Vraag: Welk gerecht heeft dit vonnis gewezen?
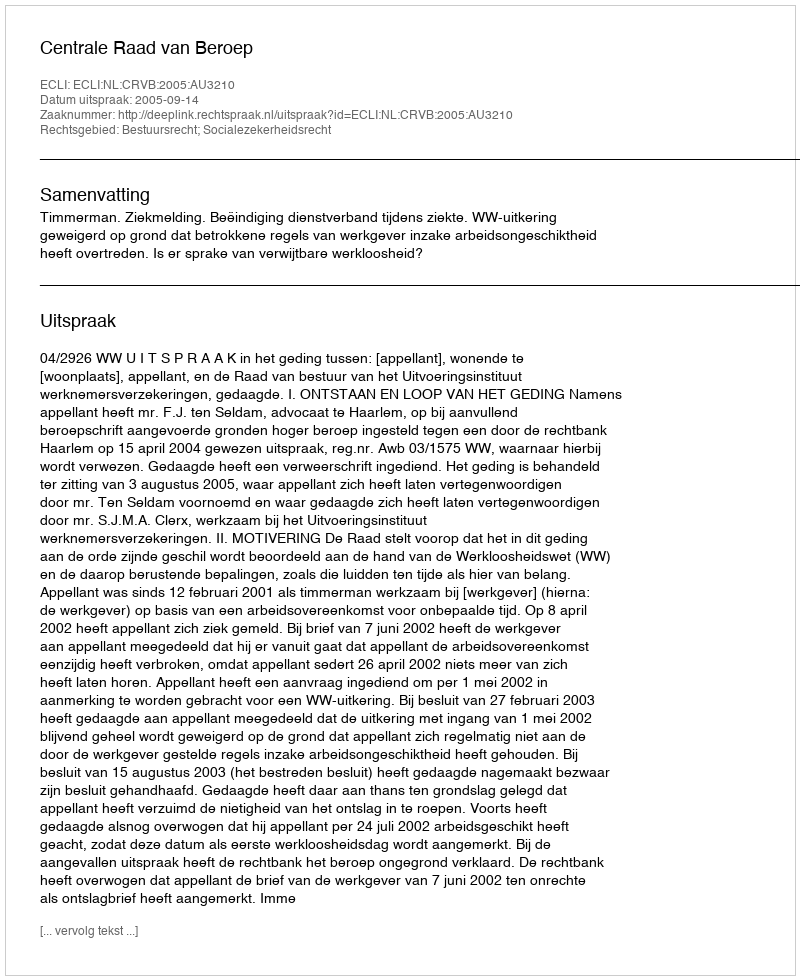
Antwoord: Centrale Raad van Beroep